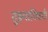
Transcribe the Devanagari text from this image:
तुझ्याविषयी